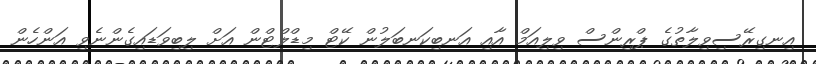
އިނގިރޭސިވިލާތުގެ ޕްރިންސް ވިލިއަމް އާއި އަނބިކަނބަލުން ކޭޓް މިޑްލްޓްން އަށް ލިބިވަޑައިގެންނެވި އަންހެން